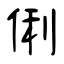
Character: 俐